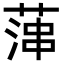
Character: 𦶶